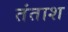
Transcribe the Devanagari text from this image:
तंताश